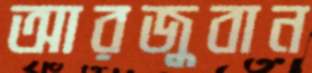
আরজুবান